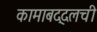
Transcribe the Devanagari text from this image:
कामाबद्दलची